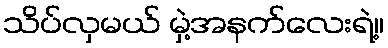
သိပ်လှမယ် မှဲ့အနက်လေးရဲ့။